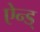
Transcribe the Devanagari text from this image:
ऐन्ड्